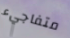
متفاجيء